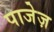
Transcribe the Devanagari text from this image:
पाजेज़